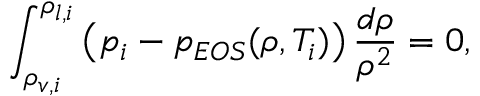
\int _ { \rho _ { v , i } } ^ { \rho _ { l , i } } \left( p _ { i } - p _ { E O S } ( \rho , T _ { i } ) \right) \frac { d \rho } { \rho ^ { 2 } } = 0 ,